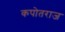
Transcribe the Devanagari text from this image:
कपोतराज